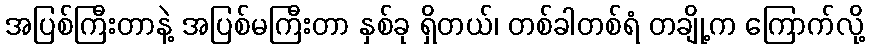
အပြစ်ကြီးတာနဲ့ အပြစ်မကြီးတာ နှစ်ခု ရှိတယ်၊ တစ်ခါတစ်ရံ တချို့က ကြောက်လို့